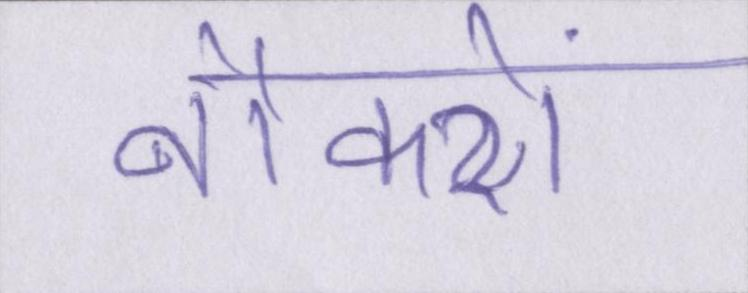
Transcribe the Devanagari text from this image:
नौकरों